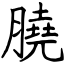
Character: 膮